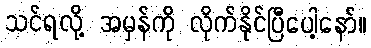
သင်ရလို့ အမှန်ကို လိုက်နိုင်ပြီပေါ့နော်။